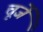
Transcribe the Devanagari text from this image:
चूजें